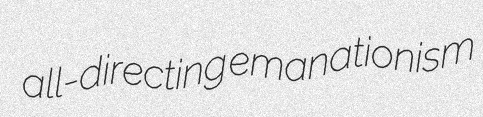
all-directing emanationism